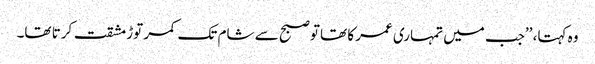
وہ کہتا، ’’جب میں تمہاری عمر کا تھاتو صبح سے شام تک کمر توڑ مشقت کرتا تھا۔